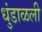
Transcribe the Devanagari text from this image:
धुंडाळली